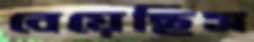
বেয়েছিস